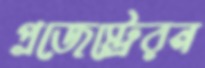
প্রজেস্ট্রেরন